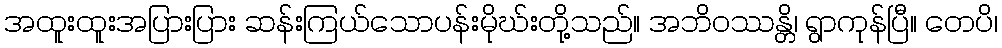
အထူးထူးအပြားပြား ဆန်းကြယ်သောပန်းမိုဃ်းတို့သည်။ အဘိဝဿန္တိ၊ ရွာကုန်ပြီ။ တေပိ၊